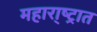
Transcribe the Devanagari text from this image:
महारा्ष्ट्रात